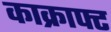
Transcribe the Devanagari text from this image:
काक्राफ्ट